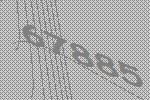
67885